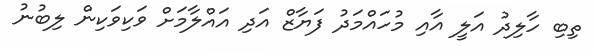
ތިބި ހާލިދު އަލީ އާއި މުހައްމަދު ފަޔާޒް އަދި އައްލާމަށް ވަކިވަކިން ލިބުނު